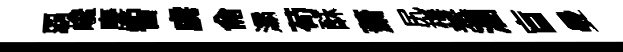
覇巉麐智虜侖灞苟酥萧尻梅羞溷盲曼